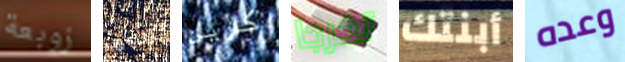
زوبعة لوريلاي كارين تخرجا أبنتك وعده